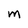
Character: m